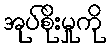
အုပ်စိုးမှုကို